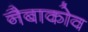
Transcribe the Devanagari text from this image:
नैबाकोव